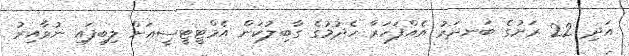
އަދި 22 ރަށުގެ ބަނދަރު އެއްފަހަރާ ހެދުމުގެ ގާބިލުކަން އެމްޓީޓީސީއަށް ލިބިފައި ނުވާއިރު